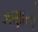
ગણાતો